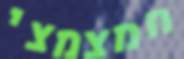
חמצמצי